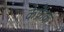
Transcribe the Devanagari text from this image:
केफ्रैंक